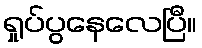
ရှုပ်ပွနေလေပြီ။